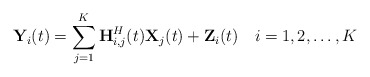
\begin{align*} \textbf{{Y}}_i(t)=\sum_{j=1}^K\textbf{{H}}_{i,j}^H(t)\textbf{{X}}_j(t)+\textbf{{Z}}_i(t)\ \ \ i=1,2,\ldots,K\end{align*}